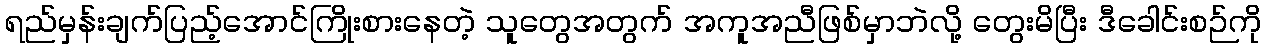
ရည်မှန်းချက်ပြည့်အောင်ကြိုးစားနေတဲ့ သူတွေအတွက် အကူအညီဖြစ်မှာဘဲလို့ တွေးမိပြီး ဒီခေါင်းစဉ်ကို